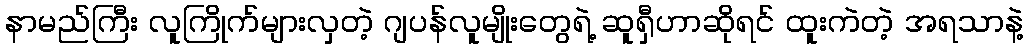
နာမည်ကြီး လူကြိုက်များလှတဲ့ ဂျပန်လူမျိုးတွေရဲ့ ဆူရှီဟာဆိုရင် ထူးကဲတဲ့ အရသာနဲ့